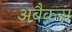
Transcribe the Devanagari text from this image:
अबैकस